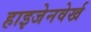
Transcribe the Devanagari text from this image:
हाइजेनवेर्ख